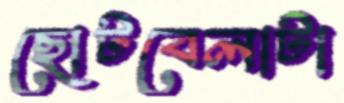
ছোটবেলাটা